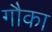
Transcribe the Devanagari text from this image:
गौका